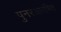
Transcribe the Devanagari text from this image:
पुनरआरंभित